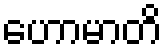
ဟောမာတိ